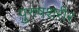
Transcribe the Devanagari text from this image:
पुरुषशरीर